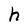
Character: h